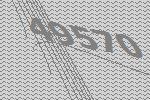
49570